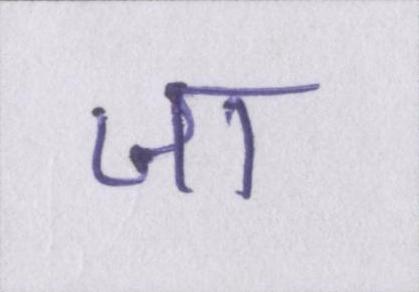
जा